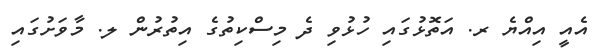
އެއީ އިއްޔެ ރ. އަތޮޅުގައި ހުޅުވި ދެ މިސްކިތުގެ އިތުރުން ލ. މާވަށުގައި